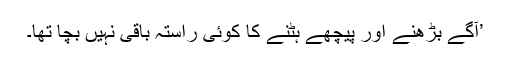
’آگے بڑھنے اور پیچھے ہٹنے کا کوئی راستہ باقی نہیں بچا تھا۔